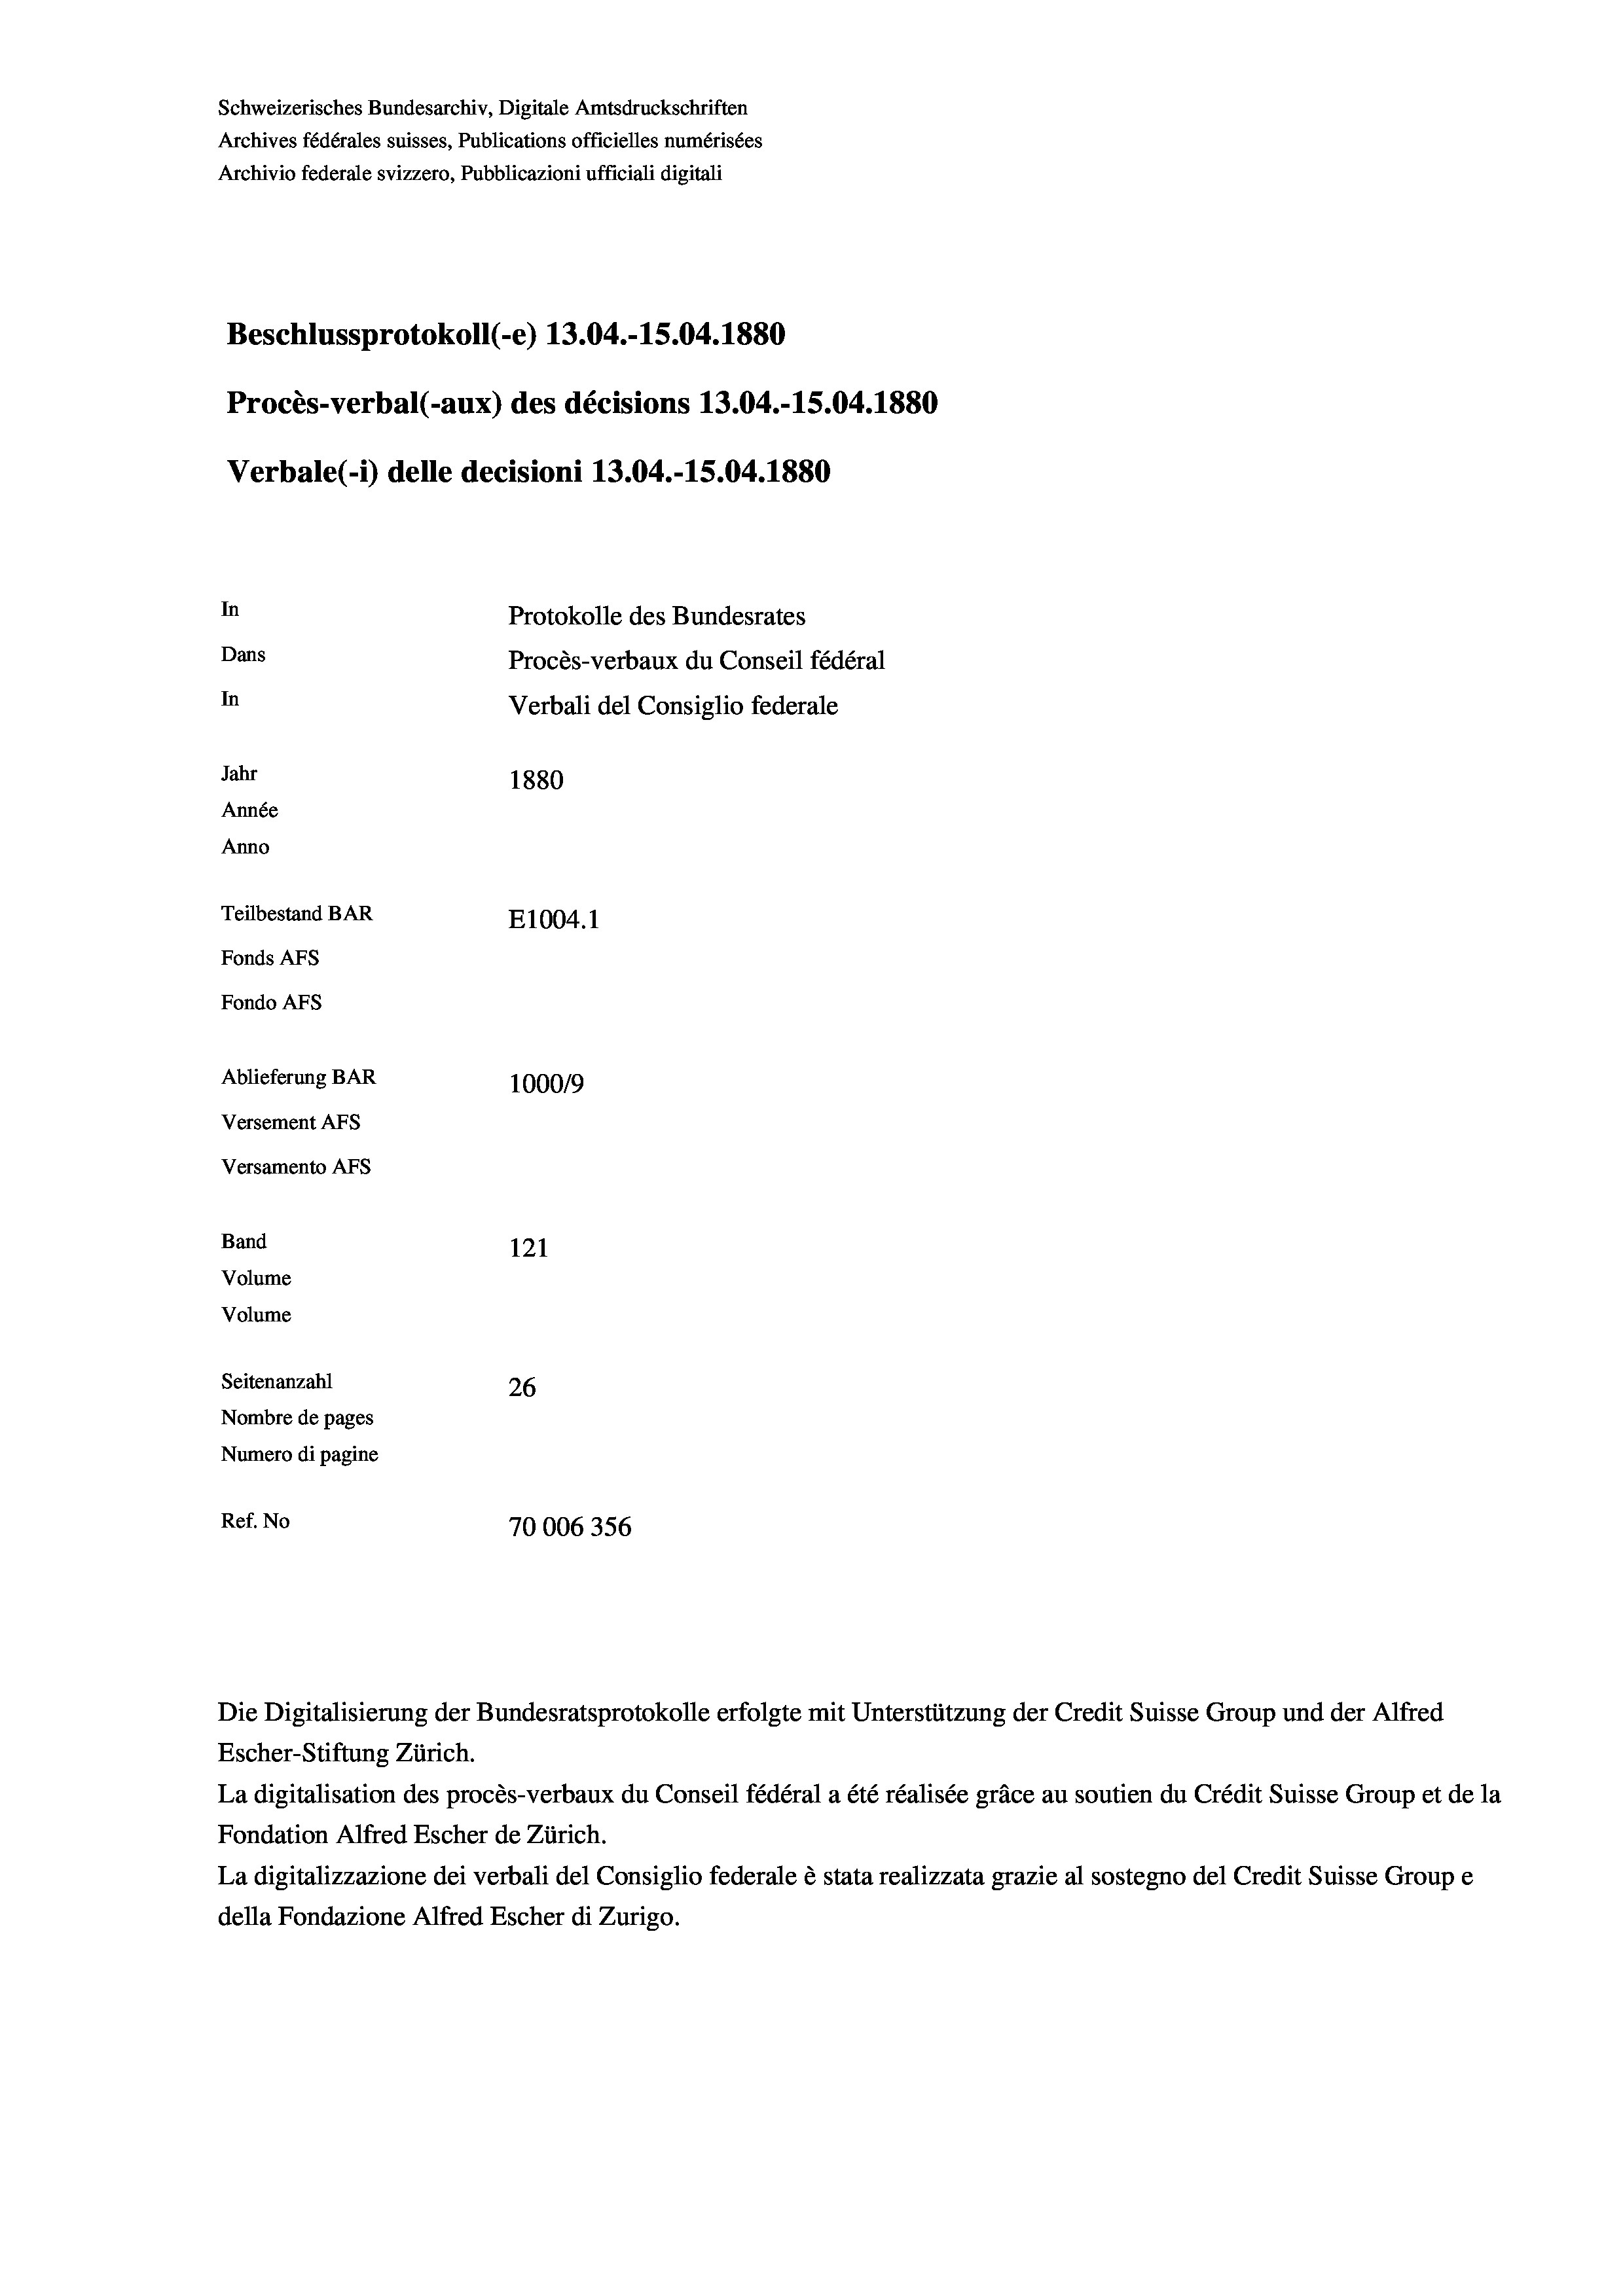
Schweizerisches Bundesarchiv, Digitale Amtsdruckschriften
Archives fédérales suisses, Publications officielles numérisées
Archivio federale svizzero, Pubblicazioni ufficiali digitali
Beschlussprotokoll (-e) 13.04.-15.04. 1880
Procès-verbal (-aux) des décisions 13.04.-15.04.1880
Verbale (- 1) delle decisioni 13.04.-15.04. 1880
In
Protokolle des Bundesrates
Dans
Procès-verbaux du Conseil fédéral
In
Verbali del Consiglio federale
Jahr
1880
Année
Anno
Teilbestand BAR
E1004.1
Fonds AFs
Fondo Afs
Ablieferung BAR
100019
Versement Ans
Versamento Afs
Band
121
Volume
Volume

Seitenanzahl
26
Nombre de pages
Numero di pagine
Ref. No
70006356

Die Digitalisierung der Bundesratsprotokolle erfolgte mit Unterstützung der Credit Suisse Group und der Alfred
Escher-Stiftung Zürich.
La digitalisation des procès-verbaux du Conseil fédéral a été réalisée gräce au soutien du Crédit Suisse Group et de la
Fondation Alfred Escher de Zürich.
La digitalizzazione dei verbali del Consiglio federale è stata realizzata grazie al sostegno del Credit Suisse Groupe
della Fondazione Alfred Escher di Zurigo.